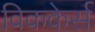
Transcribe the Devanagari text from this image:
विककेर्स